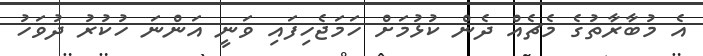
އެ މުބާރާތުގެ މެޗެއް ދެން ކުޅުމަށް ހަމަޖެހިފައި ވަނީ އަންނަ ހުކުރު ދުވަހު